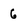
Character: 6